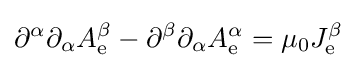
\partial ^{\alpha }\partial _{\alpha }A_{\mathrm {e} }^{\beta }-\partial ^{\beta }\partial _{\alpha }A_{\mathrm {e} }^{\alpha }=\mu _{0}J_{\mathrm {e} }^{\beta }